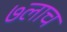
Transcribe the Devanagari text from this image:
७लाच